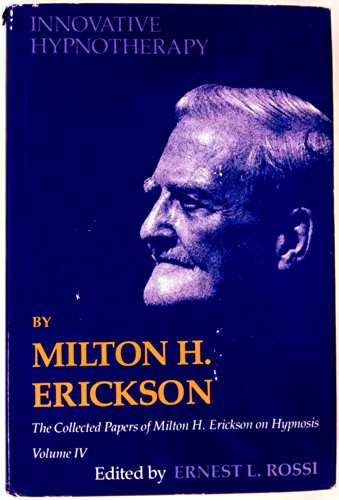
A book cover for Innovative Hypnotherapy (Collected Papers of Milton H. Erickson on Hypnosis, Vol. 4); Milton H. Erickson; Health, Fitness & Dieting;